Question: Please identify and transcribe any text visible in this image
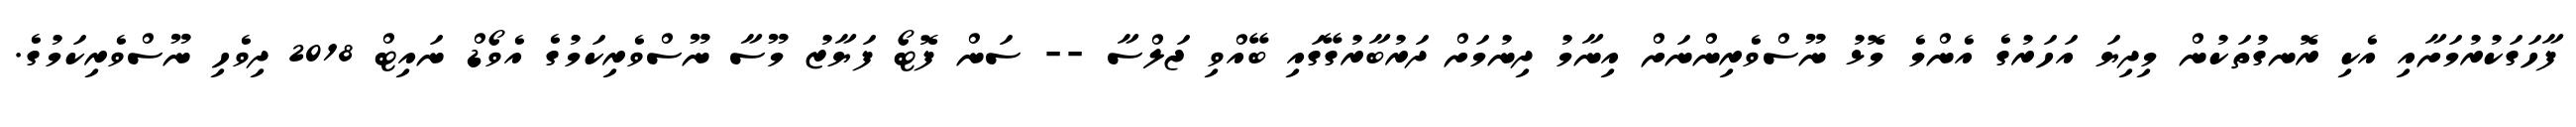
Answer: ފާހަގަކުރުމަށާއި އެކި ރޮނގުތަކުން މިދިޔަ އަހަރުގެ އެންމެ މޮޅު ނޫސްވެރިންނަށް އިނާމު ދިނުމަށް ދަރުބާރުގޭގައި ބޭއްވި ޖަލްސާ -- ސަން ފޮޓޯ ފަޔާޒު މޫސާ ނޫސްވެރިކަމުގެ އެވޯޑް ނައިޓް 2018 ދިވެހި ނޫސްވެރިކަމުގެ.